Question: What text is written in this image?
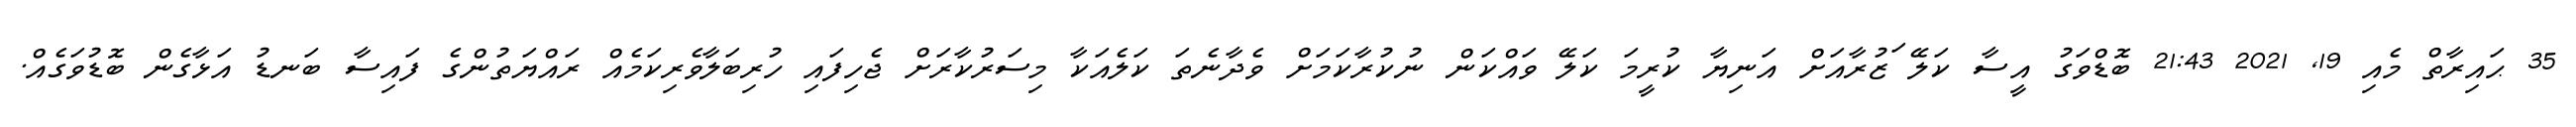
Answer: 35 ޙައިރާތް މެއި 19, 2021 21:43 ބޮޑްވަގު އީސާ ކަލޭ ަޒުރާއަށް އަނިޔާ ކުރީމަ ކަލޭ ވައްކަން ނުކުރާކަމަށް ވެދާނެތަ ކަލެއަކާ މިސަރުކާރަށް ޖެހިފައި ހުރިބަލާވެރިކަމެއް ރައްޔަތުންގެ ފައިސާ ބަނޑު އަޅާގެން ބޮޑުވަގެއް.